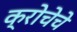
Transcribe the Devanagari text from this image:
क्रोचेचे